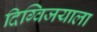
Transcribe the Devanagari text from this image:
दिग्विजयाला